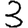
Digit: 3